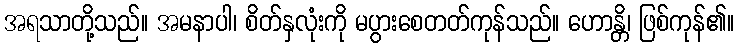
အရသာတို့သည်။ အမနာပါ၊ စိတ်နှလုံးကို မပွားစေတတ်ကုန်သည်။ ဟောန္တိ၊ ဖြစ်ကုန်၏။